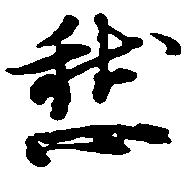
愁